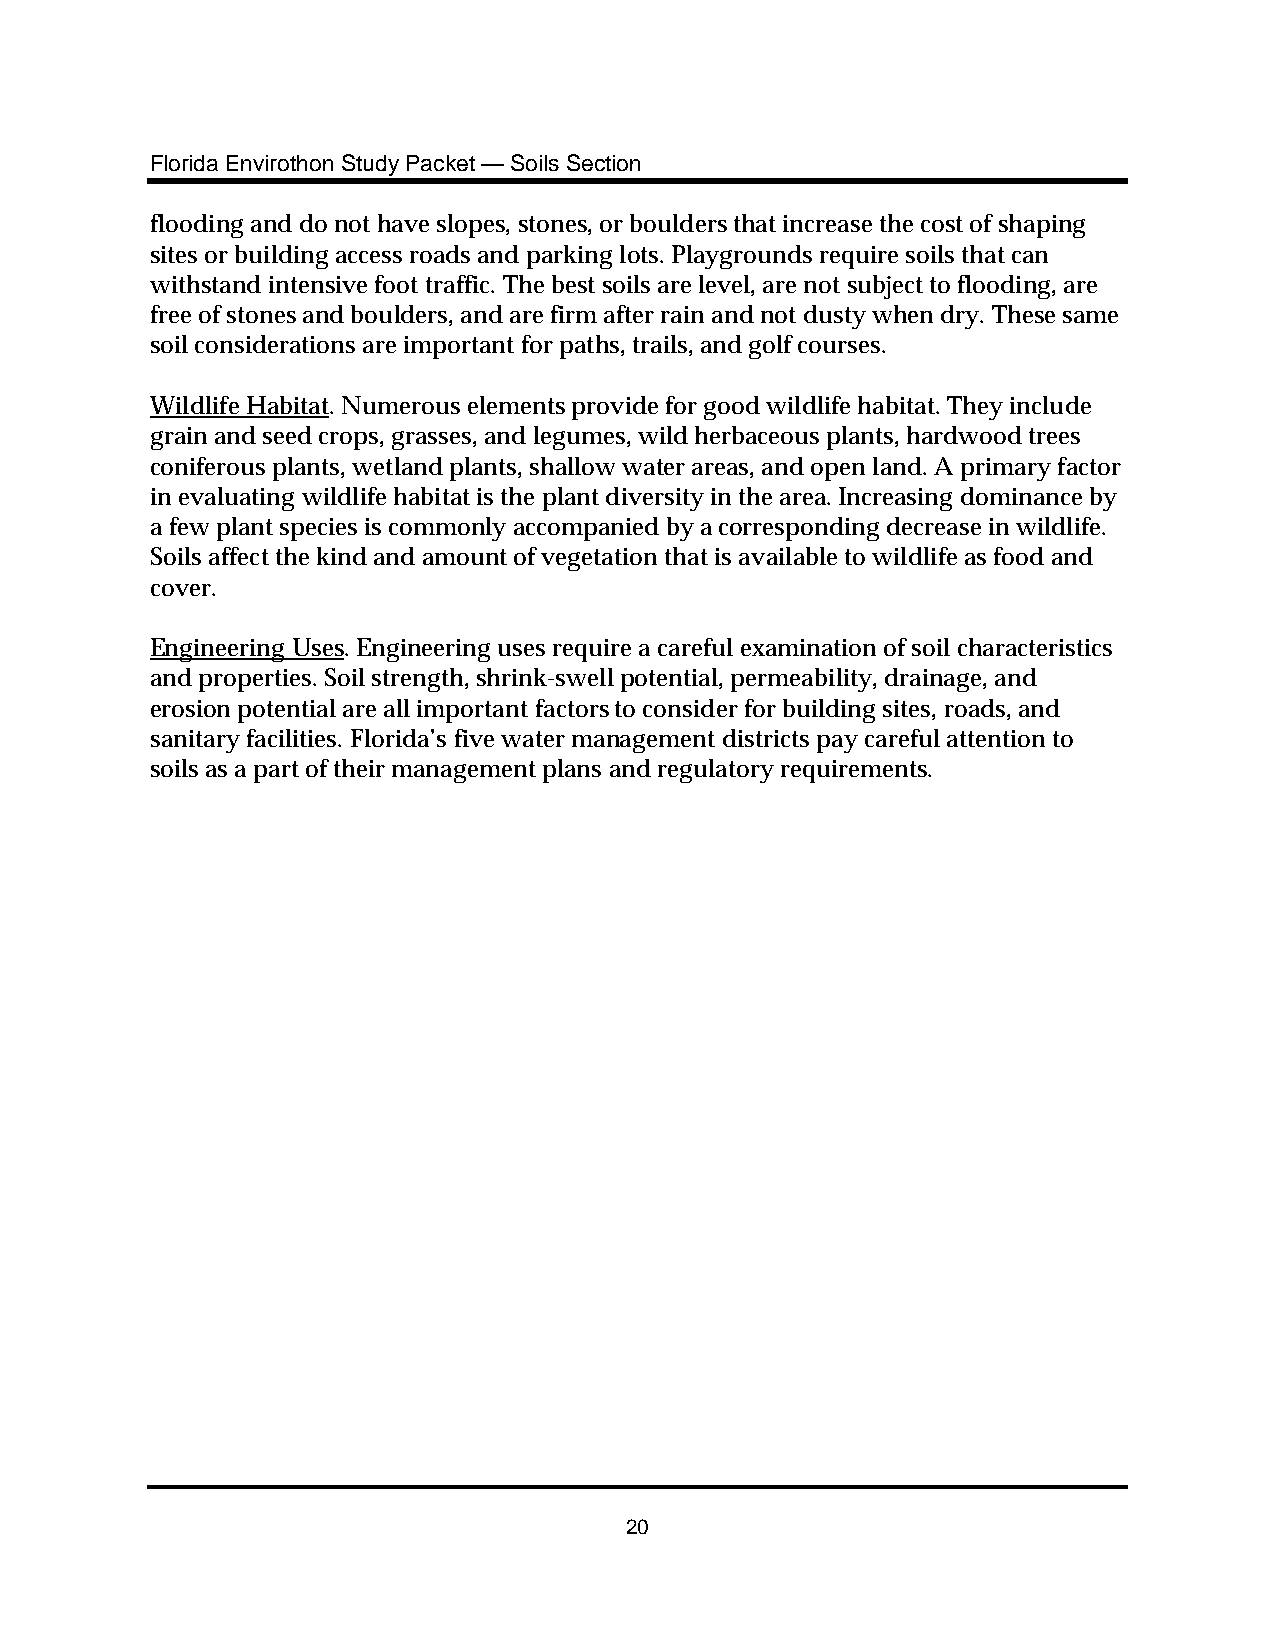
Florida Envirothon Study Packet — Soils Section
 flooding and do not have slopes, stones, or boulders that increase the cost of shaping
 sites or building access roads and parking lots. Playgrounds require soils that can
 withstand intensive foot traffic. The best soils are level, are not subject to flooding, are
 free of stones and boulders, and are firm after rain and not dusty when dry. These same
 soil considerations are important for paths, trails, and golf courses.
 Wildlife Habitat. Numerous elements provide for good wildlife habitat. They include
 grain and seed crops, grasses, and legumes, wild herbaceous plants, hardwood trees
 coniferous plants, wetland plants, shallow water areas, and open land. A primary factor
 in evaluating wildlife habitat is the plant diversity in the area. Increasing dominance by
 a few plant species is commonly accompanied by a corresponding decrease in wildlife.
 Soils affect the kind and amount of vegetation that is available to wildlife as food and
 cover.
 Engineering Uses. Engineering uses require a careful examination of soil characteristics
 and properties. Soil strength, shrink-swell potential, permeability, drainage, and
 erosion potential are all important factors to consider for building sites, roads, and
 sanitary facilities. Florida’s five water management districts pay careful attention to
 soils as a part of their management plans and regulatory requirements.
 20